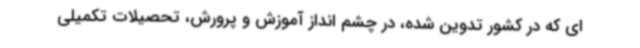
ای که در کشور تدوین شده، در چشم انداز آموزش و پرورش، تحصیلات تکمیلی